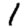
Digit: 1